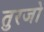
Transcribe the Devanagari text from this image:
तुरजो